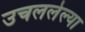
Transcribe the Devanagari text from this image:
उचललेल्या